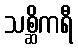
သစ္ဆိကရီ